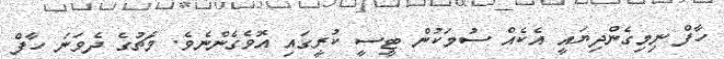
ހާފް ނިމިގެންދިޔައީ އެކެއް ސުމަކުން ޓީސީ ކުރީގައި އޮވެގެންނެވެ. މެޗުގެ ދެވަނަ ހާފް